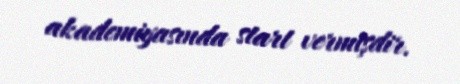
akademiyasında start vermişdir.